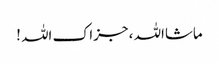
ماشااللہ ، جزاک اللہ !